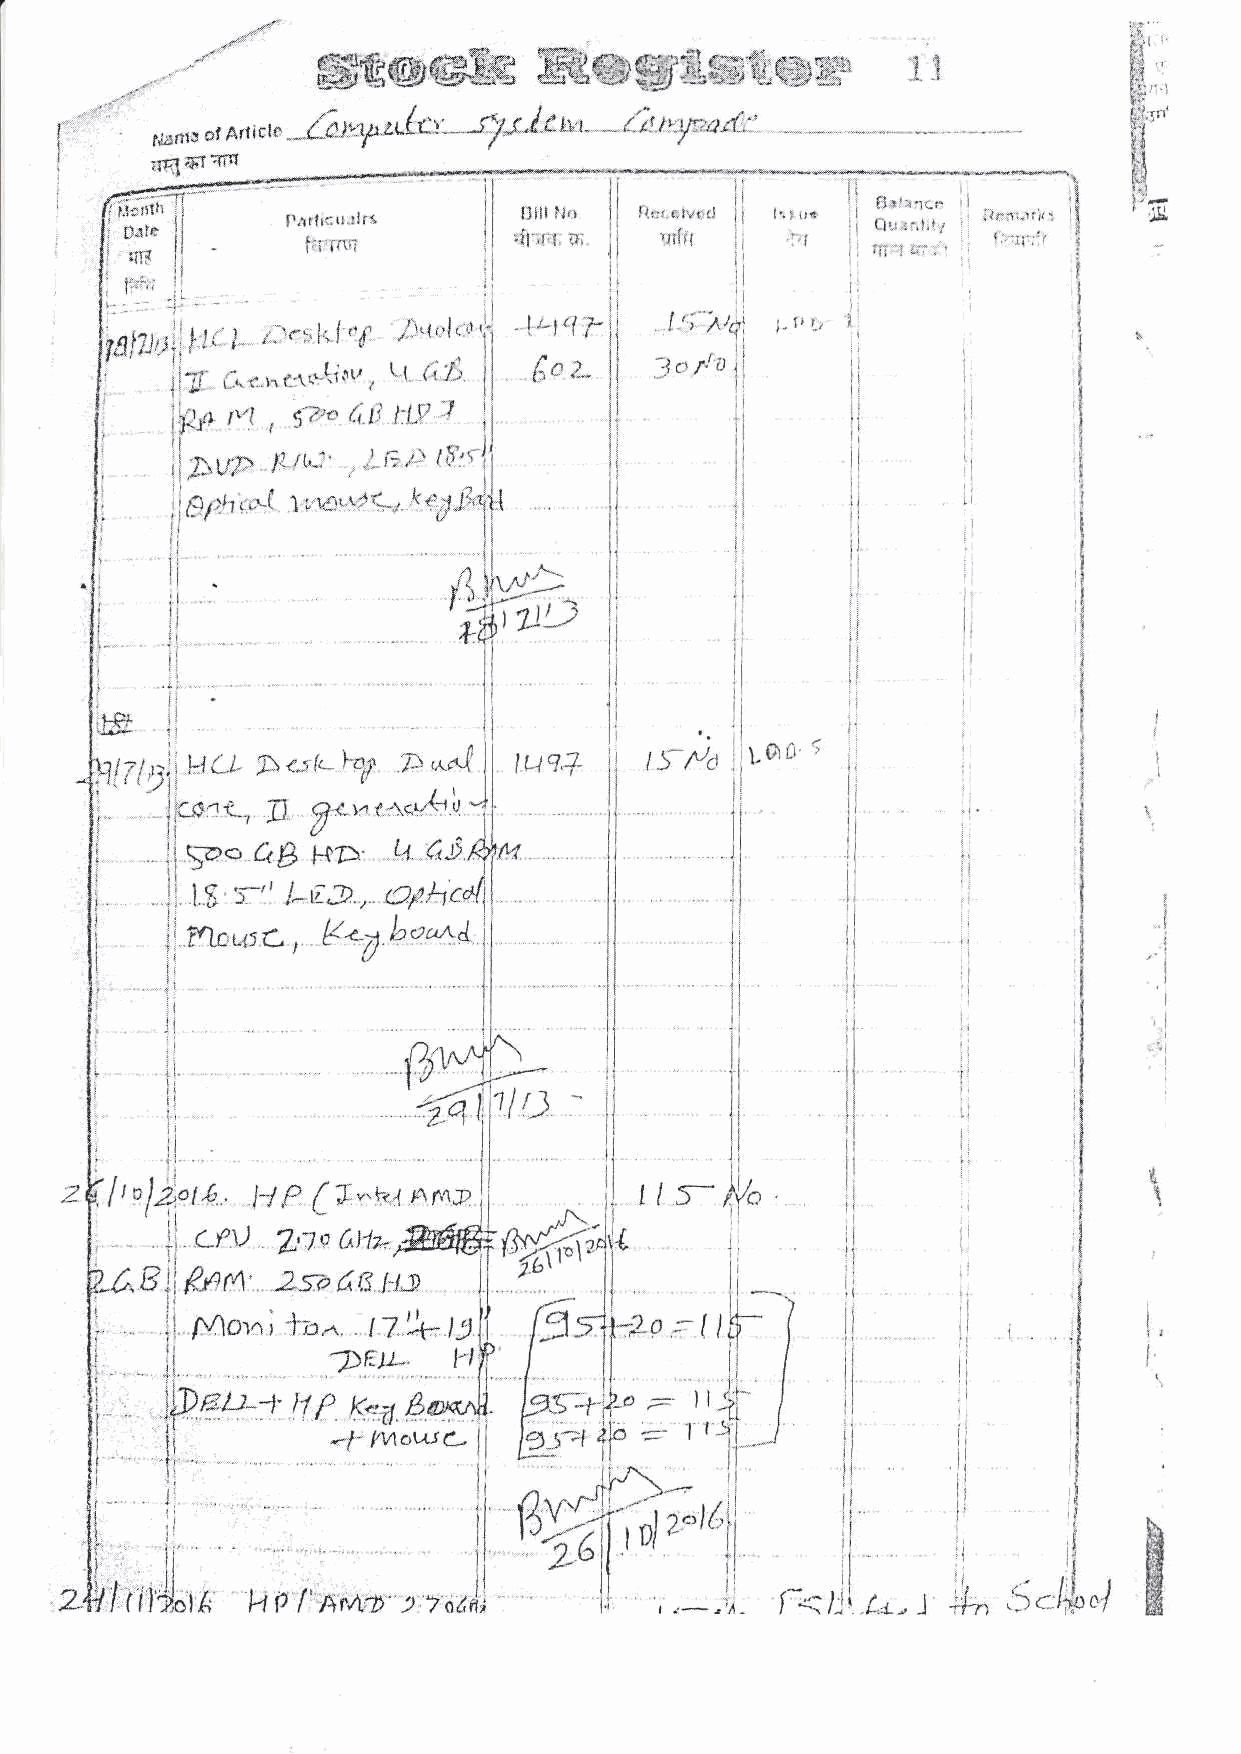
-r^'*'"              ffi     tffim,&ww
 WWwWHffi
 -.,,i:"'"ia'ar                   '"                 '1 1
 rq1w"Iffi
 fis'-*r;r ,l
 l'. I- rrt Iltr,.;-,1,!r't'':. 1r'rtrl
 f i;-:r
 | 1':1 ili:f:::.'
 t''t'{ f
 ,"'r: lif "f                      r {} l,
 f.,{J
 71,1'l;tJi' J-- t' l'' r f'{ ;" l1 "r'li
 6rf
 1l
 1i1i,..*.,,{:\(-(isu, 1
 ,', i   {,'ti
 iiii,   $'7'e'  lLv
 ii
 E""l'nil
 ii*o"   r-tr'': . il
 j;$lil ilr I ,.t.t' 1 I 14lr"t:rt*- t *'.yl;'{i{
 1j
 :ill .
 li
 ri
 ,4l|115'
 'iiru'-:  t Ii
 ir
 jjti                         ii                      :l
 ri
 ij                      1l
 ii                      i:
 -t?
 rlt
 tlztI ?,r1 ljl t Lr Ll- D c*, I- ,' /) , ,^ n , f ll tu.'t.+ t1 Ltil U '
 ll !                     Il
 Jii#rt, I     r.rcd{{ Yf
 f,t-ta
 l=*  CB  Ftl:\ U f,ts #lu   il
 :!
 li ts r-" l-tTJ , cthlcol'tl
 !l           i
 flkr,,c,    ltb oae                                 ii
 k^'r1                                                   i
 iii ;                li1 l                           i1
 '"ii                                                   itI
 jll.i                "
 I                       :i
 l
 {ki,\j^-+-€ l\
 ir
 " it i          W'"        - ]
 rtti,flD    |
 I
 '&
 ,f 2.,rt.s f, (_J ".*t i                                            t
 ir,yf
 Lfl
 .ti    (,,t1t.Wtl*,$A;lj
 ":'j    /,f o             ^- '
 t:tr   ll 10"
 g  Wrq'  2sa d8                                        i1
 ii
 ii ii l
 i
 f rio',n i l'ir,- l^ ).
 r
 I ;7 )'- Lt* t ,S 4lt l f* li It SilI  ili i ' lr ltl. Ii!
 i'I          i
 lp,i  t   {             prr',I                      r ril        (
 tr  y"U nt-",4),                            ;l
 ll
 ir         -t        ll
 I'ii"--'i     tM*wsc-  l?-!--t I                    ir1i
 r:
 r'Ii
 i                    li n""ll                       l I1 ll ii riI
 11 tt);-[t                     I       rf   N *u
 ii   HE5
 i1
 1l
 Tffffii
 p'l'     ):2:o&A;                            t,  ., ),- (/ l;$ p olffi
 i,i*;ir*'    'rdrh'
 H                      i;               LL. ) ',1
 rf-ft